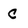
Character: C